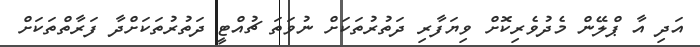
އަދި އާ ޕްލޭން މެދުވެރިކޮށް ވިޔަފާރި ދަތުރުތަކަށް ނުވަތަ ޗުއްޓީ ދަތުރުތަކަށްދާ ފަރާތްތަކަށް